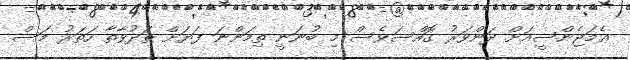
ޢެމަޖެންސީއަށް ދަންވަރު ގޮއްސަވެސް މި ބުނަނީ ތިމަންނަ ފަޔަށް ތަދުވާތާ ހަތަރު މަސް